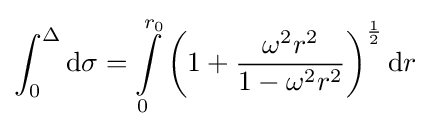
\int _{0}^{\Delta }\mathrm {d} \sigma =\int \limits _{0}^{r_{0}}{\left(1+{\frac {\omega ^{2}r^{2}}{1-\omega ^{2}r^{2}}}\right)^{\frac {1}{2}}}\,\mathrm {d} r